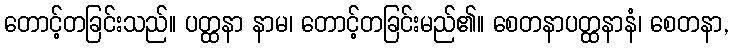
တောင့်တခြင်းသည်။ ပတ္ထနာ နာမ၊ တောင့်တခြင်းမည်၏။ စေတနာပတ္ထနာနံ၊ စေတနာ,